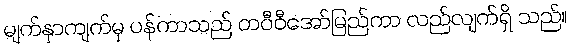
မျက်နှာကျက်မှ ပန်ကာသည် တဝီဝီအော်မြည်ကာ လည်လျက်ရှိ သည်။